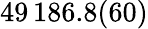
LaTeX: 49\, 186.8(60)